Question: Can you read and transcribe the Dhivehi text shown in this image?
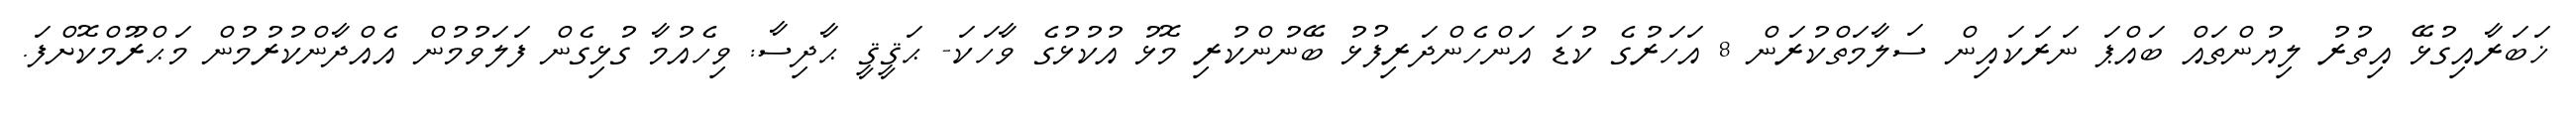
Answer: ޚަބަރާއިގުޅޭ އިތުރު ލިޔުންތައް ބައްޕަ ނަރަކައިން ސަލާމަތްކުރަން 8 އަހަރުގެ ކުޑަ އަންހެންދަރިފުޅު ބޭނުންކުރި މޮޅު އުކުޅުގެ ވާހަކަ- ޙަޤީޤީ ޙާދިސާ: ވިހެއުމާ ގުޅިގެން ފަލަވުމުން އެއްދާންކުރުމުން މަޙްރޫމްކޮށްފަ.